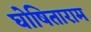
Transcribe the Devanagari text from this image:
घोषिताराम